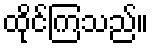
ထိုင်ကြသည်။